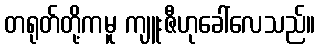
တရုတ်တို့ကမူ ကျူးဇီဟုခေါ်လေသည်။